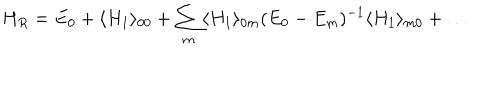
LaTeX: H _ { R } = E _ { 0 } + \langle H _ { 1 } \rangle _ { 0 0 } + \sum _ { m } \langle H _ { 1 } \rangle _ { 0 m } ( E _ { 0 } - E _ { m } ) ^ { - 1 } \langle H _ { 1 } \rangle _ { m 0 } + \dots